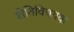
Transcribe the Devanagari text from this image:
शेतिविषयक